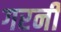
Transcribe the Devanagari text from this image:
गरनी